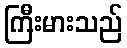
ကြီးမားသည်